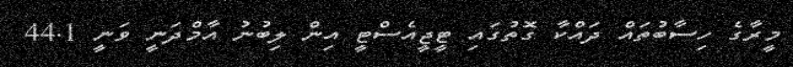
މީރާގެ ހިސާބުތައް ދައްކާ ގޮތުގައި ޓީޖީއެސްޓީ އިން ލިބުނު އާމްދަނީ ވަނީ 44.1